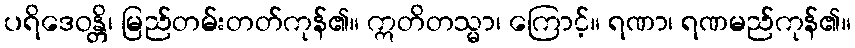
ပရိဒေဝန္တိ၊ မြည်တမ်းတတ်ကုန်၏။ ဣတိတသ္မာ၊ ကြောင့်။ ရဏာ၊ ရဏမည်ကုန်၏။